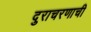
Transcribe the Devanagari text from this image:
दुराचरणाची